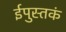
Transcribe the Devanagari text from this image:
ईपुस्तकं